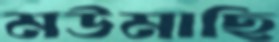
মউমাছি